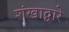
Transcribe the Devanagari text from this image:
शंखाद्वारे